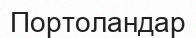
Портоландар